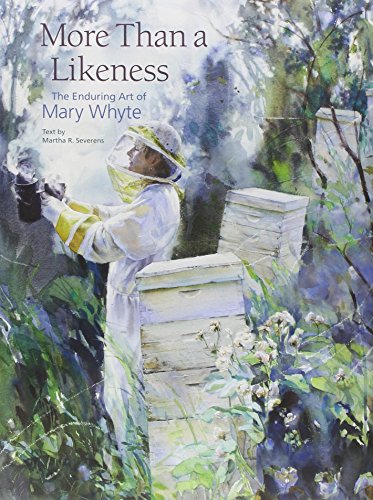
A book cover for More Than a Likeness: The Enduring Art of Mary Whyte; Mary Whyte; Arts & Photography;